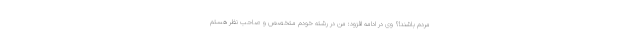
مردم باشند!؟ وی در ادامه افزود: من در رشته خودم متخصص و صاحب نظر هستم